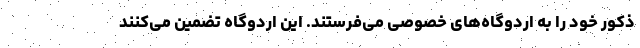
ذکور خود را به اردوگاه‌های خصوصی می‌فرستند. این اردوگاه تضمین می‌کنند